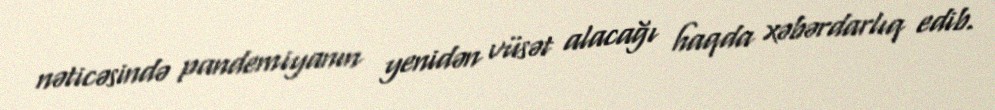
nəticəsində pandemiyanın yenidən vüsət alacağı haqda xəbərdarlıq edib.